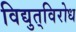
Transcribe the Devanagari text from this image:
विद्युत्‌विरोध